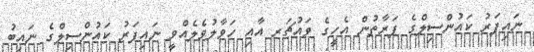
ނައިފަރު ކައުންސިލްގެ ފަރާތުން އެހީގެ ވައުޗަރ އާއި ހަވާލުވެލެއްވީ ނައިފަރު ކައުންސިލްގެ ނައިބު